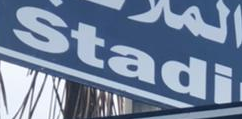
Stadi